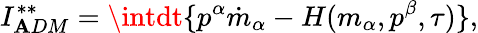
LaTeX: I_{\mathbf{A}DM}^{\ast\ast}=\intdt\{ p^{\alpha}\dot{{m}}_{\alpha}-H(m_{\alpha},p^{\beta},\tau)\} ,